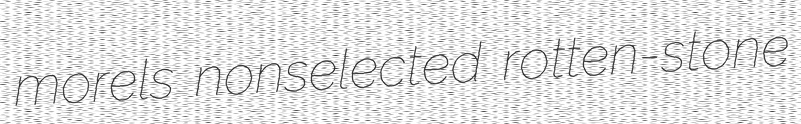
morels nonselected rotten-stone